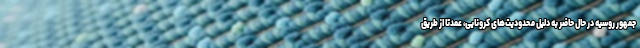
جمهور روسیه در حال حاضر به دلیل محدودیت‌های کرونایی، عمدتا از طریق